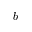
b